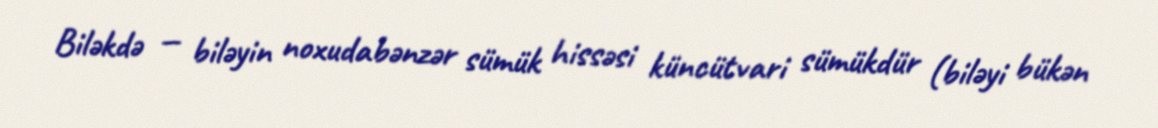
Biləkdə — biləyin noxudabənzər sümük hissəsi küncütvari sümükdür (biləyi bükən